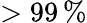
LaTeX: >99\, \%